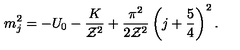
m _ { j } ^ { 2 } = - U _ { 0 } - { \frac { K } { { \cal Z } ^ { 2 } } } + { \frac { \pi ^ { 2 } } { 2 { \cal Z } ^ { 2 } } } \left( j + { \frac { 5 } { 4 } } \right) ^ { 2 } .